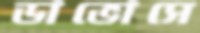
ডাভোসে